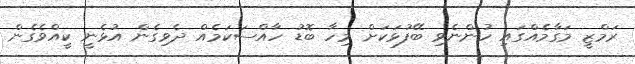
ރަމްޒީ މަގާމެއްގައި ހުންނެވި ބޭފުޅަކަށް މިހާ ބޮޑު ހާއްސަކަމެއް ދެވިގެން އުޅެނީ ކީއްވެެގެން